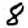
Digit: 8